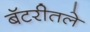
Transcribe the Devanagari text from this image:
बॅटरीतले